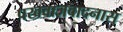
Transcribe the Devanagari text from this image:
पखवाजवादनास